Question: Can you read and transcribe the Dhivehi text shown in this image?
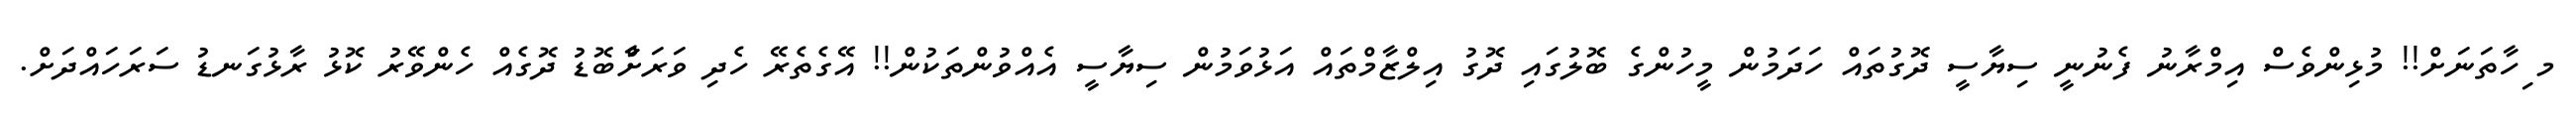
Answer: މ ިހާތަނަށް!! މުޅިންވެސް އިމްރާނު ފެނުނީ ސިޔާސީ ދޮގުތައް ހަދަމުން މީހުންގެ ބޮލުގައި ދޮގު އިލްޒާމްތައް އަޅުވަމުން ސިޔާސީ އެއްވުންތަކުން!! އޭގެތެރޭ ހެދި ވަރަށާްބޮޑު ދޮގެއް ހެންވޭރު ކޮޅު ރާޅުގަނޑު ސަރަހައްދަށް.